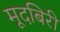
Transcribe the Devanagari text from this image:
मूदबिरी